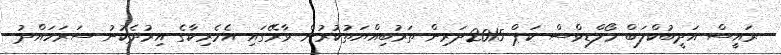
ރައީސް އަދީބުކްލަބް މޯލްޑިވްސް ކަޕް 2015ދަރިން ތަރުބިއްޔަތުކުރުން ވާރޭގައި އެމެރިކާގެ އިރުދެކުނު ސަރަހައްދު